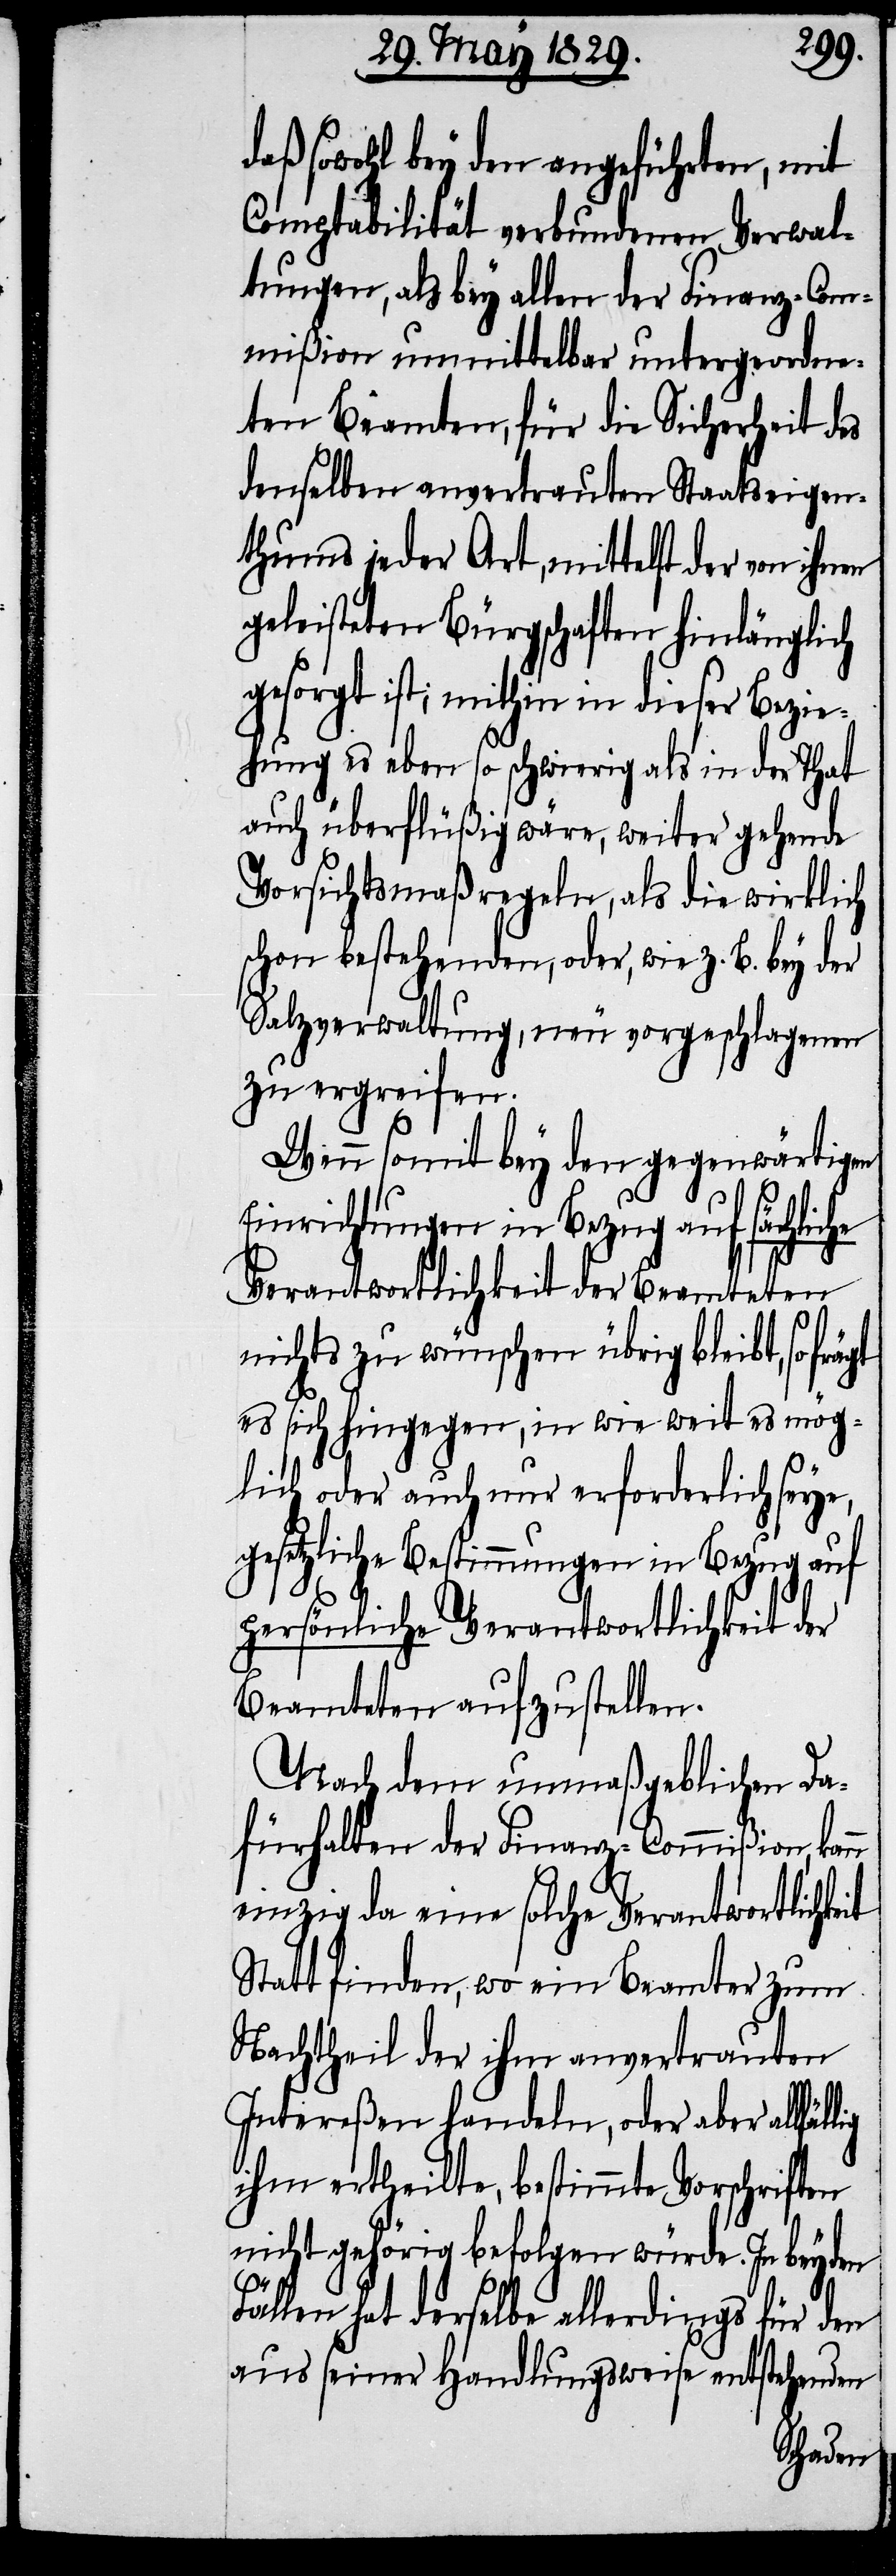
daß sowohl bey den angeführten, mit
Comptabilität verbundenen Verwal¬
tungen, als bey allen der Finanz-Com¬
mißion unmittelbar untergeordne¬
ten Beamten, für die Sicherheit des
denselben anvertrauten Staatseigen¬
thums jeder Art, mittelst der von ihnen
geleisteten Bürgschaften hinlänglich
gesorgt ist; mithin in dieser Bezie¬
hung es eben so schwierig als in der That
auch überflüßig wäre, weiter gehende
Vorsichtsmaßregeln, als die wirklich
schon bestehenden, oder, wie z. B. bey der
Salzverwaltung, neu vorgeschlagenen
zu ergreifen.
Wenn somit bey den gegenwärtigen
Einrichtungen in Bezug auf sächliche
Verantwortlichkeit der Beamteten
nichts zu wünschen übrig bleibt, so frägt
es sich hingegen, in wie weit es mög¬
lich oder auch nur erforderlich seye,
gesetzliche Bestimmungen in Bezug auf
Beamteten aufzustellen.
Nach dem unmaßgeblichen Da¬
fürhalten der Finanz-Commißion, kan¬
n einzig da eine solche Verantwortlichkeit
Statt finden, wo ein Beamter zum
Nachtheil der ihm anvertrauten
Intereßen handeln, oder aber all¬
ihm ertheilte, bestimmte Vorschriften
nicht gehörig befolgen würde. In beyden
Fällen hat derselbe allerdings für den
aus seiner Handlungsweise entstehenden
fällig